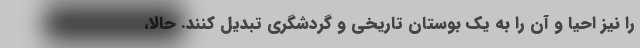
را نیز احیا و آن را به یک بوستان تاریخی و گردشگری تبدیل کنند. حالا،